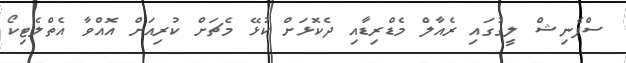
ސްޕެނިޝް ލީގުގައި ރެއާލް މެޑްރިޑާއި ދެކޮޅަށް ކުޅޭ މެޗަށް ކުރިއަށް އޮއްވާ އެތްލެޓިކޯ